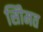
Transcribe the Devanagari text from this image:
सीिमत